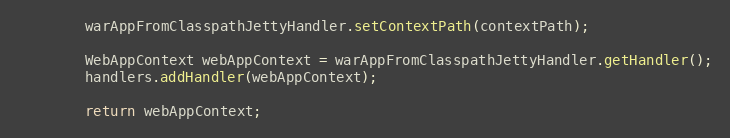
Language: Java
        warAppFromClasspathJettyHandler.setContextPath(contextPath);

        WebAppContext webAppContext = warAppFromClasspathJettyHandler.getHandler();
        handlers.addHandler(webAppContext);

        return webAppContext;